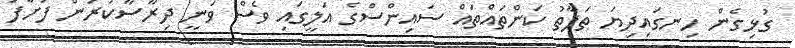
ގުޅިގެން ހިނގައިދިޔަ ތަފާތު ކަންތައްތައް ސައިންސްގެ އަލީގައި ވެސް ވަނީ ދިރާސާކުރަން ފަށާފަ